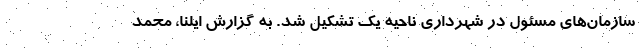
سازمان‌های مسئول در شهرداری ناحیه یک تشکیل شد. به گزارش ایلنا، محمد